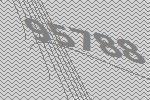
95788